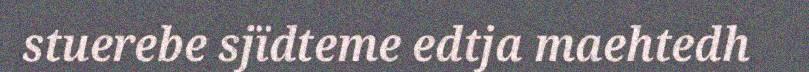
stuerebe sjïdteme edtja maehtedh